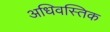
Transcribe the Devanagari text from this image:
अधिवस्तिक